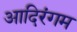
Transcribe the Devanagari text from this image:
आदिरंगम